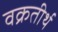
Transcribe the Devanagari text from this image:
वक्रतीर्थ